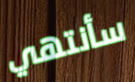
سأنتهي